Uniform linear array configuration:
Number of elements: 48
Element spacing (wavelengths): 0.75
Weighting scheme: blackman
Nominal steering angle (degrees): -30
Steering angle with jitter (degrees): -29.396
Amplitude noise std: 0.05
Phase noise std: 0.05

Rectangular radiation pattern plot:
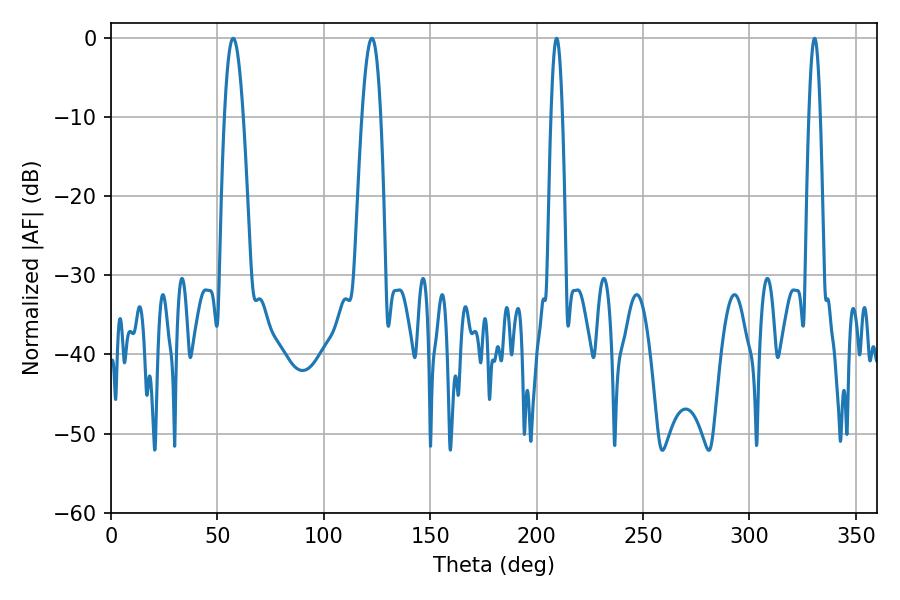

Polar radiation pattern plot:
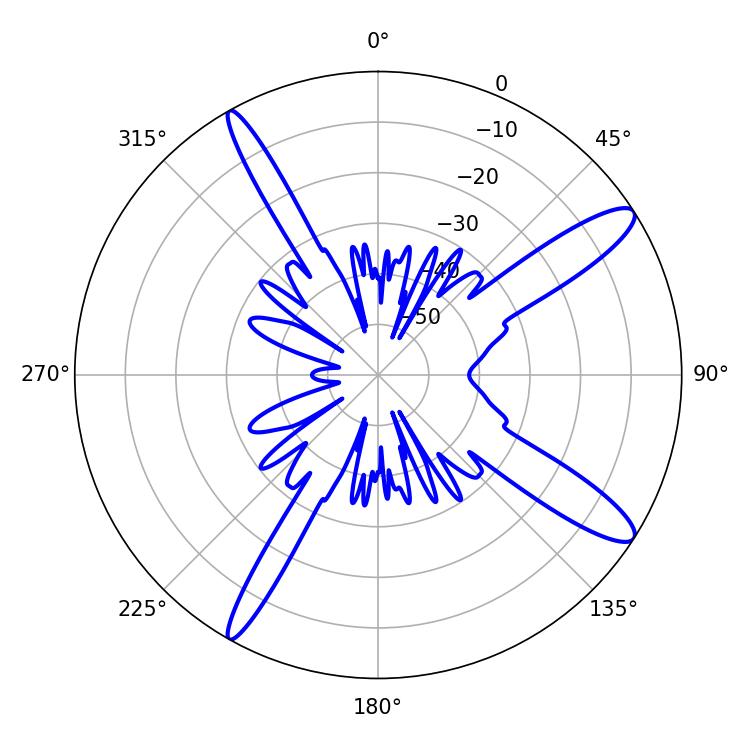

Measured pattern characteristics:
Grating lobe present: TRUE
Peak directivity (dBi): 13.029
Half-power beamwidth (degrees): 4.86
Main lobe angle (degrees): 57.42